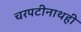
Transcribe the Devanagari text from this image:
चरपटीनाथही